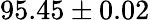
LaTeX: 95.45\pm 0.02